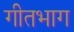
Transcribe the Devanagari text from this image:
गीतभाग